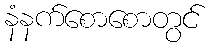
နံနက်စောစောတွင်